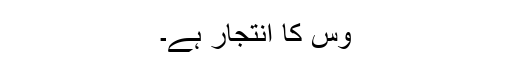
وِس کا انتجار ہے۔